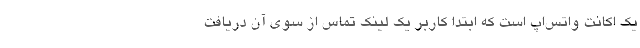
یک اکانت واتس‌اپ است که ابتدا کاربر یک لینک تماس از سوی آن دریافت